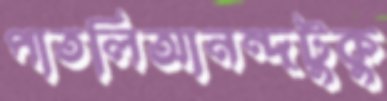
পাতলিআনন্দটুকু